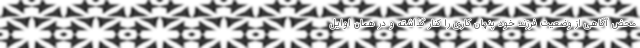
محض آگاهی از وضعیت فرزند خود پنهان کاری را کنار گذاشته و در همان اوایل